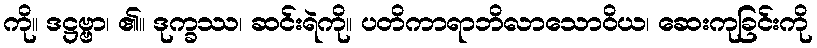
ကို။ ဒဋ္ဌဗ္ဗာ၊ ၏။ ဒုက္ခဿ၊ ဆင်းရဲကို။ ပတိကာရာဘိလာသောဝိယ၊ ဆေးကုခြင်းကို